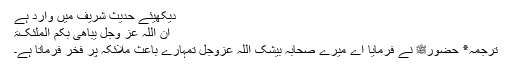
دیکھیئے حدیث شریف میں وارد ہے
اِنَّ اللّٰہَ عَزَّ وَجَلَّ یُبَاھِیْ بِکُمُ الْمَلٰئِکَۃَ
ترجمہ٭ حضورﷺ نے فرمایا اے میرے صحابہ بیشک اللہ عزوجل تمہارے باعث ملائکہ پر فخر فرماتا ہے۔